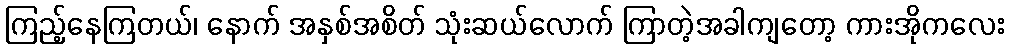
ကြည့်နေကြတယ်၊ နောက် အနှစ်အစိတ် သုံးဆယ်လောက် ကြာတဲ့အခါကျတော့ ကားအိုကလေး